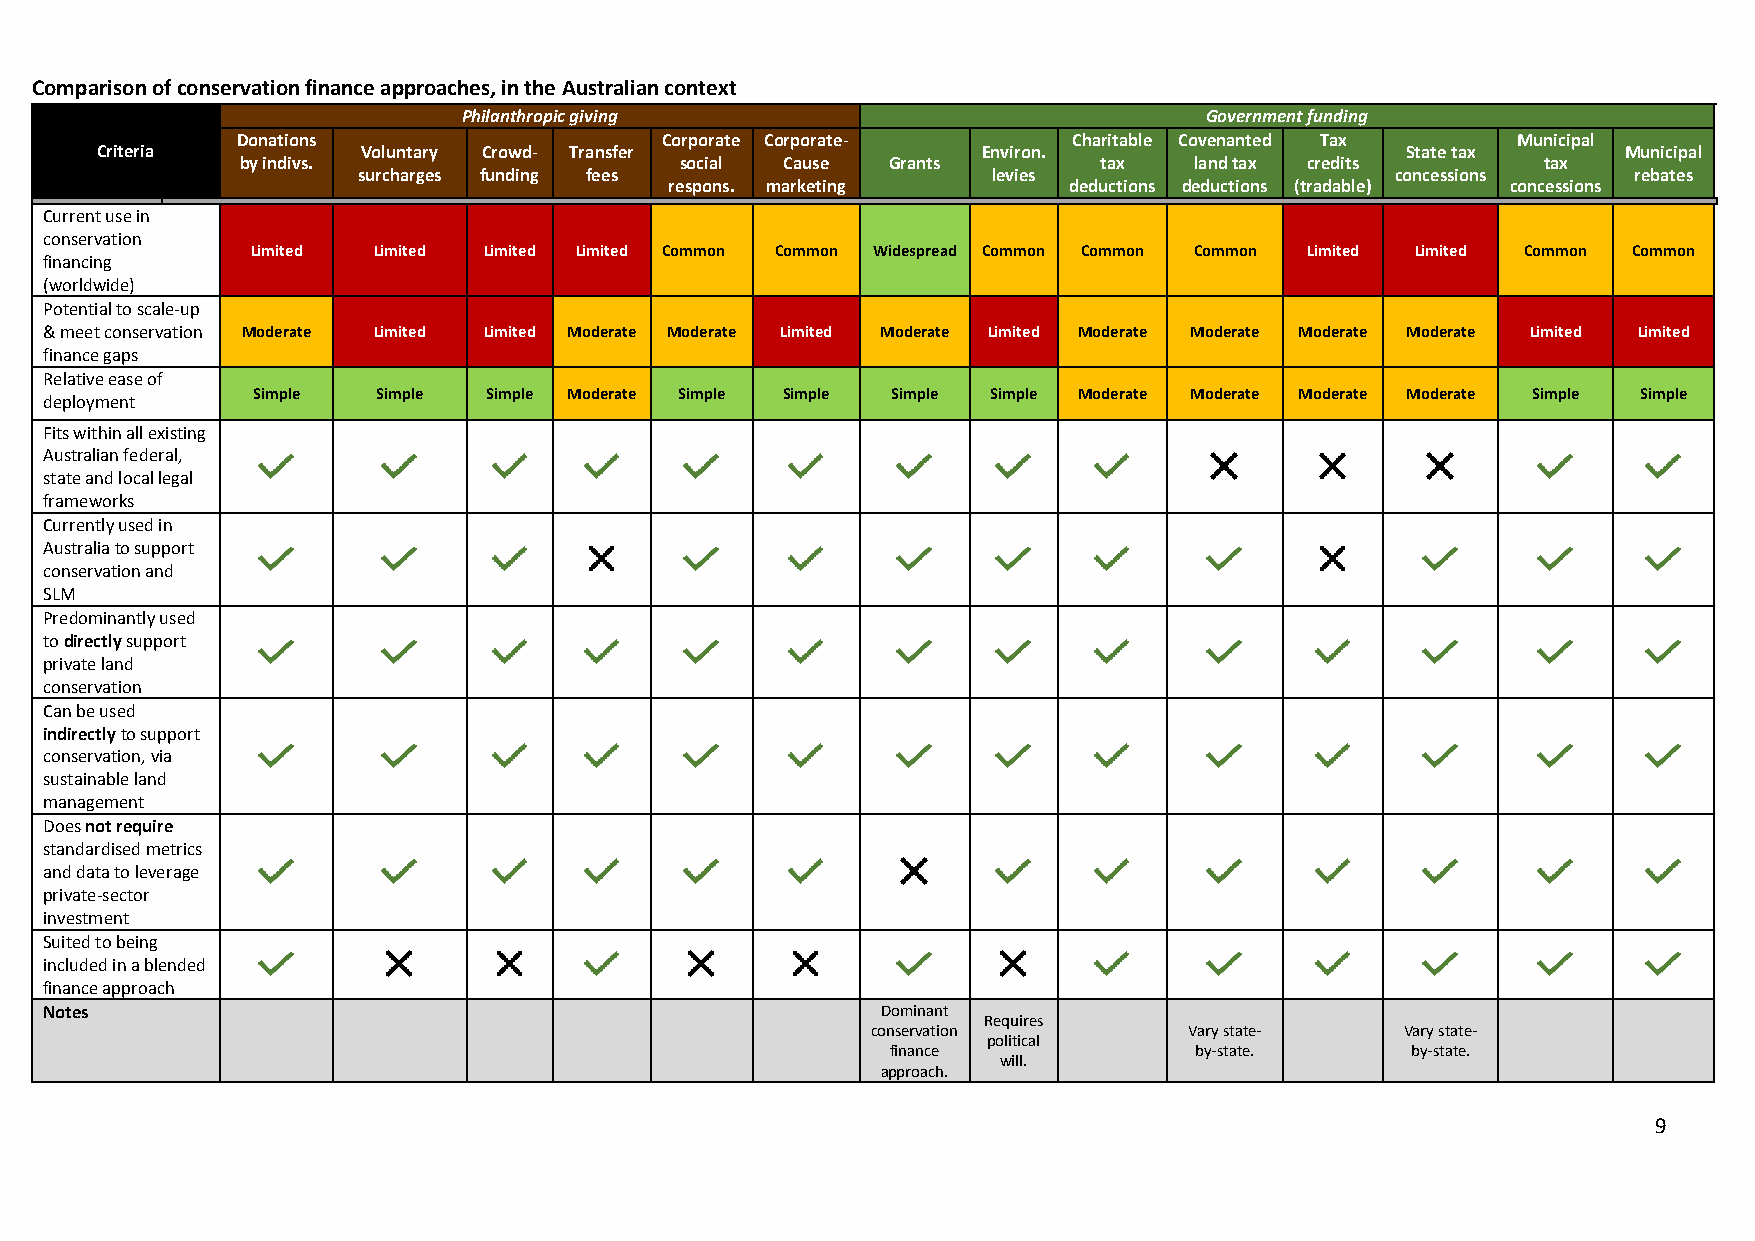
Comparison of conservation finance approaches, in the Australian context
 Philanthropic giving                             Government funding
 Donations                   Corporate Corporate-       Charitable Covenanted Tax    Municipal
 Criteria          Voluntary Crowd- Transfer                Environ.                    State tax      Municipal
 by indivs.                   social Cause  Grants        tax   land tax credits       tax
 surcharges funding fees                   levies                    concessions     rebates
 respons. marketing         deductions deductions (tradable) concessions
 Current use in
 conservation
 Limited Limited Limited Limited Common Common Widespread Common Common Common Limited Limited Common Common
 financing
 (worldwide)
 Potential to scale-up
 & meet conservation Moderate Limited Limited Moderate Moderate Limited Moderate Limited Moderate Moderate Moderate Moderate Limited Limited
 finance gaps
 Relative ease of
 Simple  Simple Simple Moderate Simple Simple Simple Simple Moderate Moderate Moderate Moderate Simple Simple
 deployment
 Fits within all existing
 Australian federal,
 state and local legal
 frameworks
 Currently used in
 Australia to support
 conservation and
 SLM
 Predominantly used
 to directly support
 private land
 conservation
 Can be used
 indirectly to support
 conservation, via
 sustainable land
 management
 Does not require
 standardised metrics
 and data to leverage
 private-sector
 investment
 Suited to being
 included in a blended
 finance approach
 Notes                                                  Dominant
 Requires
 conservation         Vary state-   Vary state-
 political
 finance             by-state.     by-state.
 will.
 approach.
 9